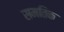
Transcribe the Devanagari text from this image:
समतिक